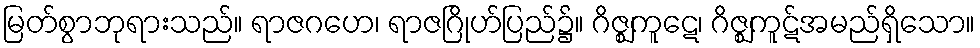
မြတ်စွာဘုရားသည်။ ရာဇဂဟေ၊ ရာဇဂြိုဟ်ပြည်၌။ ဂိဇ္ဈကူဋေ၊ ဂိဇ္ဈကူဋ်အမည်ရှိသော။